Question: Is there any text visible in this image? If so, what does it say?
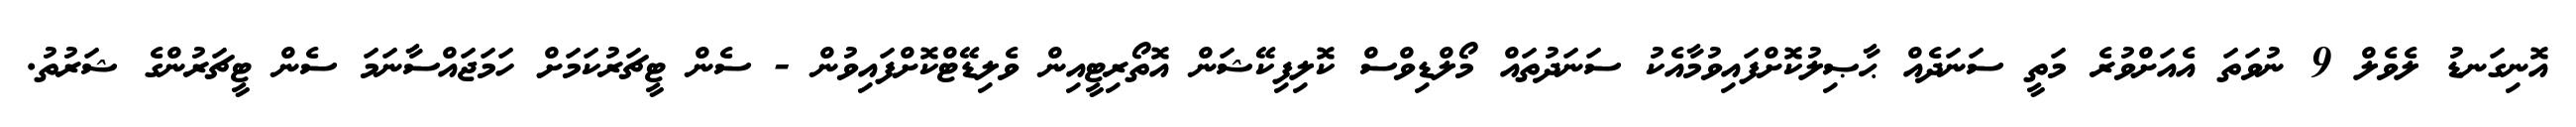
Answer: އޮނިގަނޑު ލެވެލް 9 ނުވަތަ އެއަށްވުރެ މަތީ ސަނަދެއް ޙާޞިލުކޮށްފައިވުމާއެކު ސަނަދުތައް މޯލްޑިވްސް ކޮލިފިކޭޝަން އޮތޯރިޓީއިން ވެލިޑޭޓްކޮށްފައިވުން - ސެން ޓީޗަރުކަމަށް ހަމަޖައްސާނަމަ ސެން ޓީޗަރުންގެ ޝަރުތު.